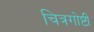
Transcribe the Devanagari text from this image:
चित्रगोष्टी